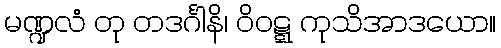
မဏ္ဍလံ တု တဒင်္ဂါနိ၊ ဝိဝဋ္ဋ ကုသိအာဒယော။